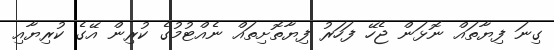
ގިނަ ފިޔާތައް ނޮޅަން ޖެހޭ ފަހަރު ފިޔާތޮށިތައް ނެއްޓުމުގެ ކުރިން އޭގެ ކުރިޔާއި